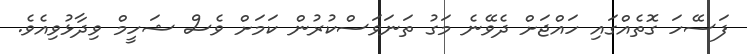
ފަސޭހަ ގޮތެއްގައި ހައްޖަށް ދެވޭނެ މަގު ތަނަވަސްކުރުން ކަމަށް ވެސް ޝަހީމް ވިދާޅުވިއެވެ.